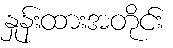
နှုန်းထားအတိုင်း